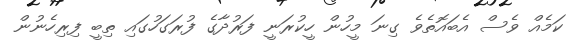
ކަމެއް ވެސް އެބައޮތެވެ ގިނަ މީހުން ހީކުރަނީ ފަރުދާގެ ފުރަގަހުގައި ތިބީ ފިރިހެނުން